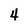
Character: 4